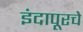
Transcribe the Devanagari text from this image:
इंदापूरचे